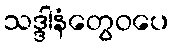
သဒ္ဒါနံတွေဝပေ